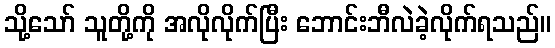
သို့သော် သူတို့ကို အလိုလိုက်ပြီး ဘောင်းဘီလဲခဲ့လိုက်ရသည်။